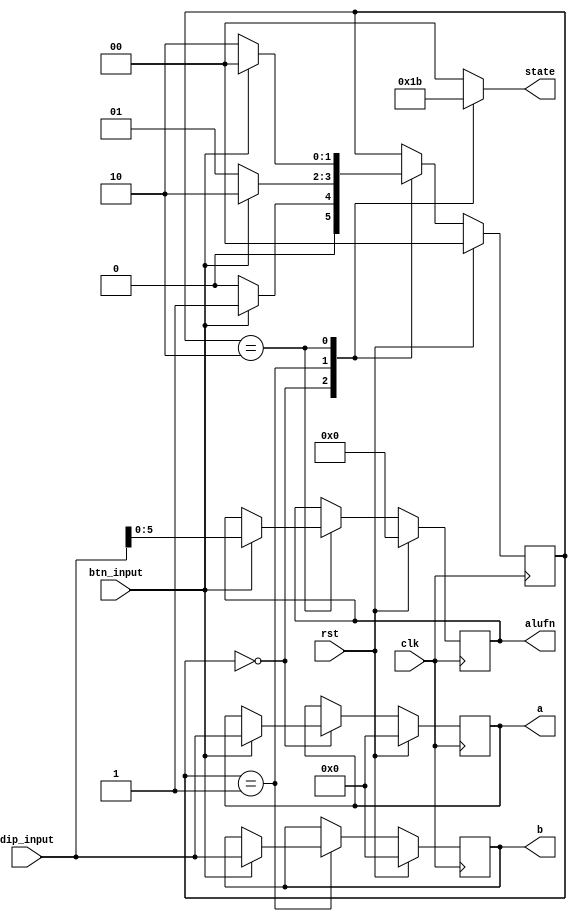
/*
   This file was generated automatically by Alchitry Labs version 1.2.1.
   Do not edit this file directly. Instead edit the original Lucid source.
   This is a temporary file and any changes made to it will be destroyed.
*/

module manual_tester_12 (
    input btn_input,
    input [15:0] dip_input,
    input clk,
    input rst,
    output reg [15:0] a,
    output reg [15:0] b,
    output reg [5:0] alufn,
    output reg [1:0] state
  );
  
  
  
  reg [5:0] M_stored_alufn_d, M_stored_alufn_q = 1'h0;
  reg [15:0] M_stored_a_d, M_stored_a_q = 1'h0;
  reg [15:0] M_stored_b_d, M_stored_b_q = 1'h0;
  localparam ENTER_A_brain = 2'd0;
  localparam ENTER_B_brain = 2'd1;
  localparam ENTER_ALUFN_brain = 2'd2;
  
  reg [1:0] M_brain_d, M_brain_q = ENTER_A_brain;
  
  always @* begin
    M_brain_d = M_brain_q;
    M_stored_a_d = M_stored_a_q;
    M_stored_alufn_d = M_stored_alufn_q;
    M_stored_b_d = M_stored_b_q;
    
    state = 1'h0;
    
    case (M_brain_q)
      ENTER_A_brain: begin
        state = 2'h1;
        if (btn_input) begin
          M_stored_a_d = dip_input;
          M_brain_d = ENTER_B_brain;
        end else begin
          M_brain_d = ENTER_A_brain;
        end
      end
      ENTER_B_brain: begin
        state = 2'h2;
        if (btn_input) begin
          M_stored_b_d = dip_input;
          M_brain_d = ENTER_ALUFN_brain;
        end else begin
          M_brain_d = ENTER_B_brain;
        end
      end
      ENTER_ALUFN_brain: begin
        state = 2'h3;
        if (btn_input) begin
          M_stored_alufn_d = dip_input[0+5-:6];
          M_brain_d = ENTER_A_brain;
        end else begin
          M_brain_d = ENTER_ALUFN_brain;
        end
      end
    endcase
    a = M_stored_a_q;
    b = M_stored_b_q;
    alufn = M_stored_alufn_q;
  end
  
  always @(posedge clk) begin
    if (rst == 1'b1) begin
      M_stored_alufn_q <= 1'h0;
      M_stored_a_q <= 1'h0;
      M_stored_b_q <= 1'h0;
      M_brain_q <= 1'h0;
    end else begin
      M_stored_alufn_q <= M_stored_alufn_d;
      M_stored_a_q <= M_stored_a_d;
      M_stored_b_q <= M_stored_b_d;
      M_brain_q <= M_brain_d;
    end
  end
  
endmodule